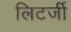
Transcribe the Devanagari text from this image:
लिटर्जी